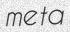
meta